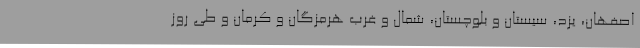
اصفهان، یزد، سیستان و بلوچستان، شمال و غرب هرمزگان و کرمان و طی روز